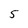
Character: 5